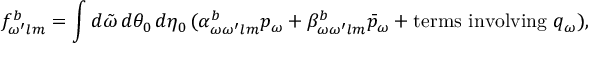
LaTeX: f _ { \omega ^ { \prime } l m } ^ { b } = \int d \tilde { \omega } \, d \theta _ { 0 } \, d \eta _ { 0 } \, ( \alpha _ { \omega \omega ^ { \prime } l m } ^ { b } p _ { \omega } + \beta _ { \omega \omega ^ { \prime } l m } ^ { b } \bar { p } _ { \omega } + \mathrm { t e r m s ~ i n v o l v i n g ~ } q _ { \omega } ) ,